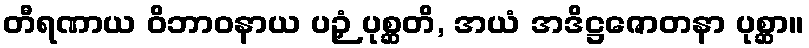
တီရဏာယ ဝိဘာဝနာယ ပဉှံ ပုစ္ဆတိ, အယံ အဒိဋ္ဌဇောတနာ ပုစ္ဆာ။